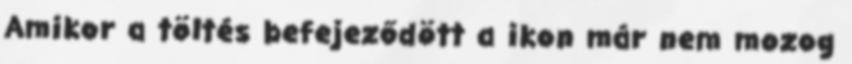
Amikor a töltés befejeződött a ikon már nem mozog